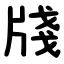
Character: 牋